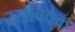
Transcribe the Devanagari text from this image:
रसविवेक